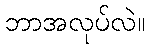
ဘာအလုပ်လဲ။